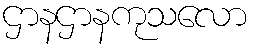
ဌာနဌာနကုသလော